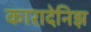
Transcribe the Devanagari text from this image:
कारादेनिझ